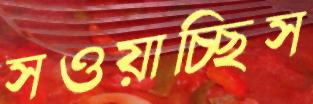
সওয়াচ্ছিস